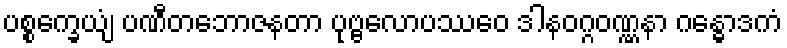
ပစ္စက္ခေယျံ ပဏီတဘောဇနတာ ပုဗ္ဗလောပဿေဝ ဒါနဝဂ္ဂဝဏ္ဏနာ ဂန္ဓောဒကံ